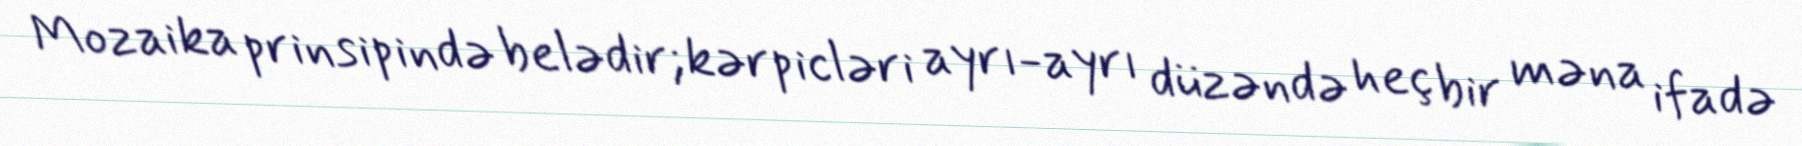
Mozaika prinsipində belədir; kərpicləri ayrı-ayrı düzəndə heç bir məna ifadə